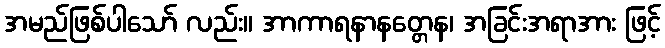
အမည်ဖြစ်ပါသော် လည်း။ အာကာရနာနတ္တေန၊ အခြင်းအရာအား ဖြင့်